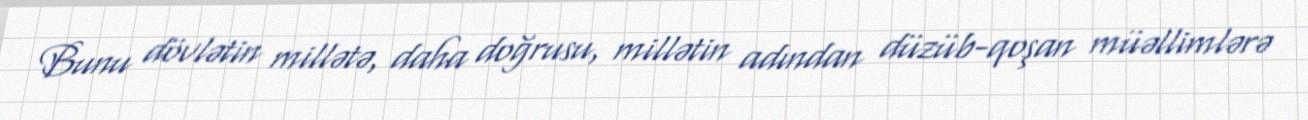
Bunu dövlətin millətə, daha doğrusu, millətin adından düzüb-qoşan müəllimlərə